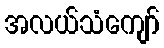
အလယ်သံကျော်